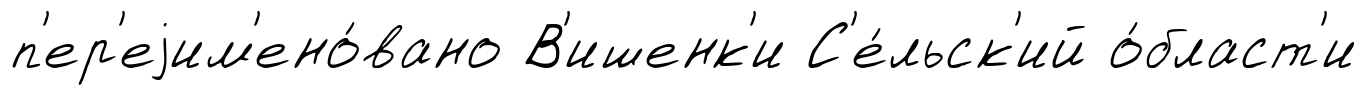
п'ер'еjим'ено́вано В'ишенк'и С'е́льск'ий о́бласт'и